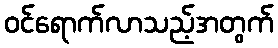
ဝင်ရောက်လာသည့်အတွက်